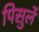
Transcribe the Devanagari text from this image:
पिसुर्ले